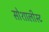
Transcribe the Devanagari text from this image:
सोशालीस्ट